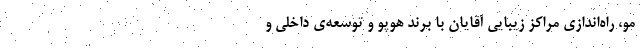
مو، راه‌اندازی مراکز زیبایی آقایان با برند هوپو و توسعه‌ی داخلی و